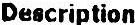
DESCRIPTION